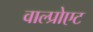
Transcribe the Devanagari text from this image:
वाल्प्रोएट